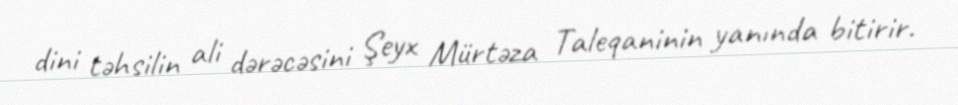
dini təhsilin ali dərəcəsini Şeyx Mürtəza Taleqaninin yanında bitirir.